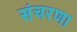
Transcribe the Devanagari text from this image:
संचरणा